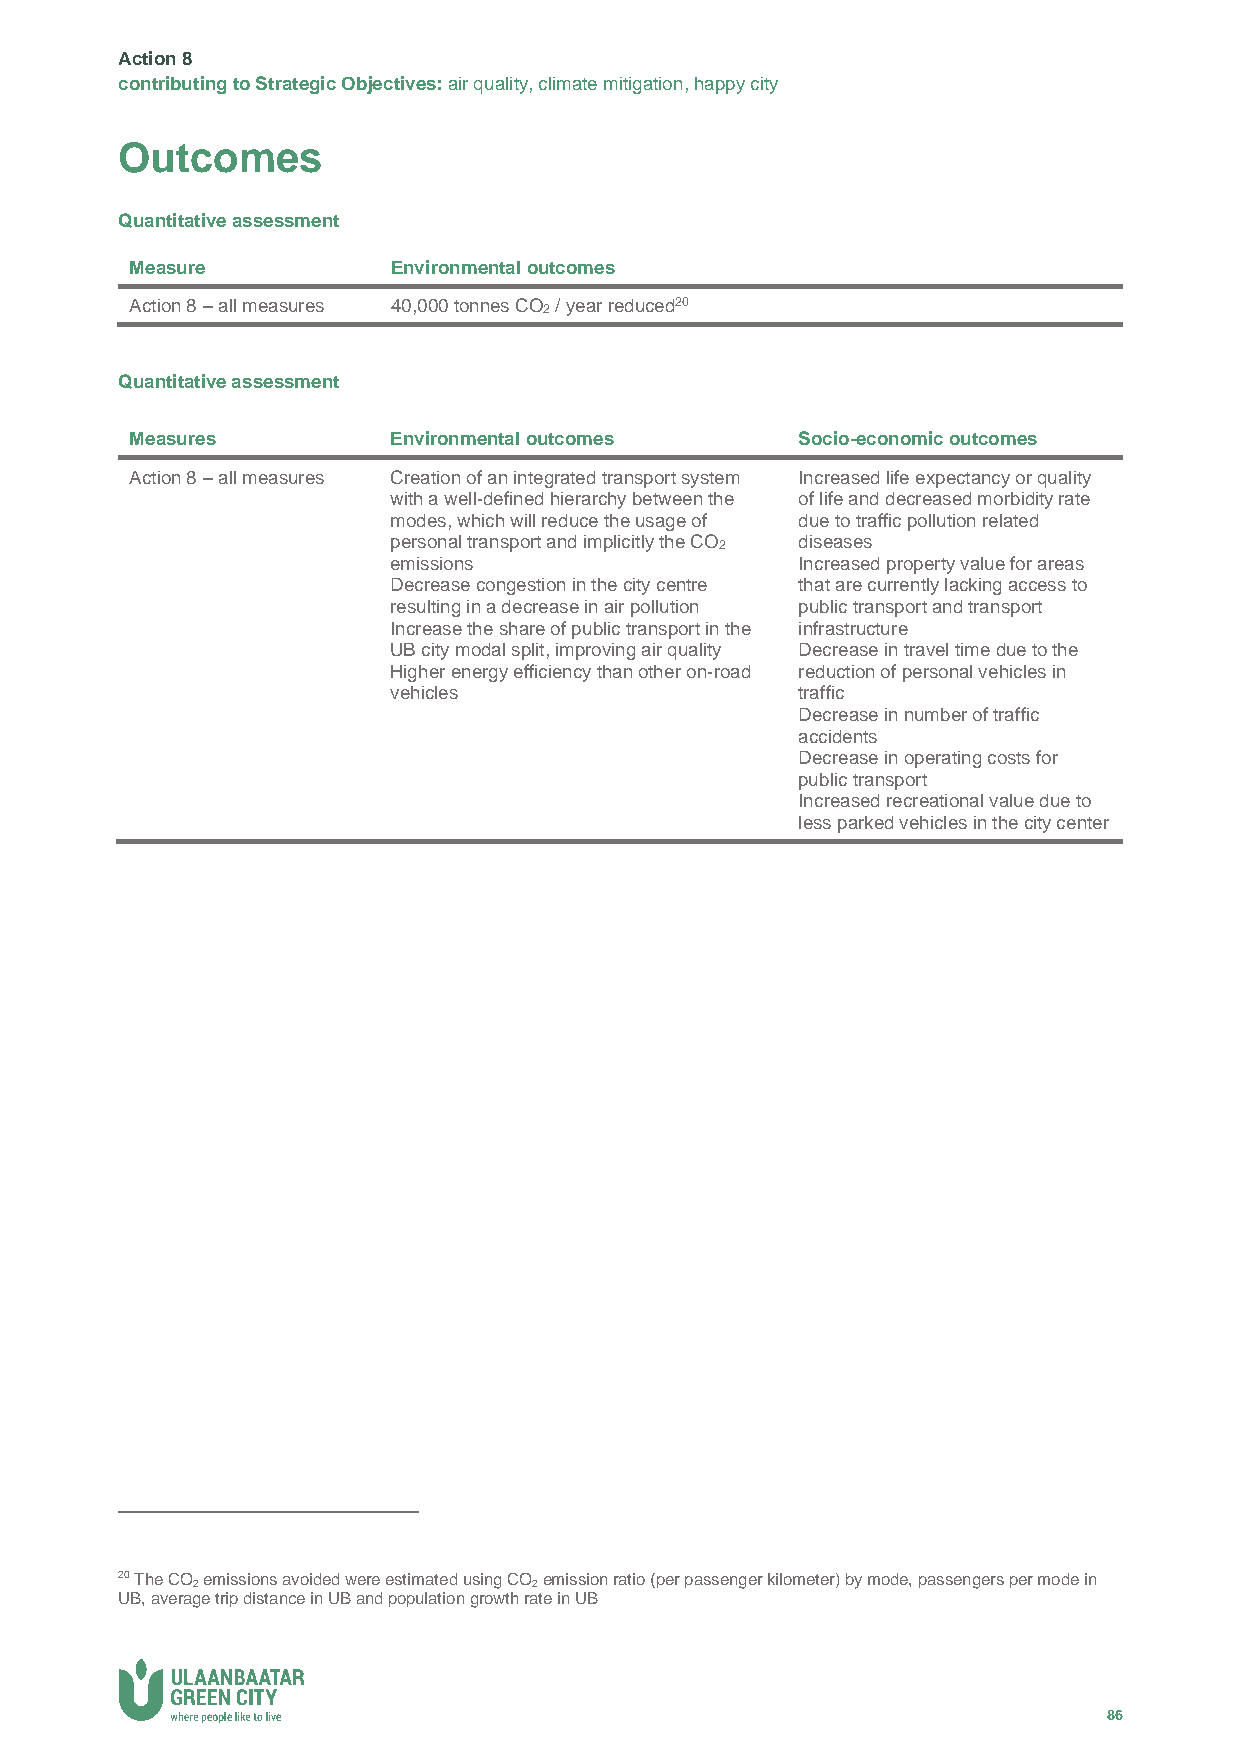
Action 8
 contributing to Strategic Objectives: air quality, climate mitigation, happy city
 Outcomes
 Quantitative assessment
 Measure          Environmental outcomes
 Action 8 – all measures 40,000 tonnes CO2 / year reduced20
 Quantitative assessment
 Measures         Environmental outcomes     Socio-economic outcomes
 Action 8 – all measures Creation of an integrated transport system Increased life expectancy or quality
 with a well-defined hierarchy between the of life and decreased morbidity rate
 modes, which will reduce the usage of due to traffic pollution related
 personal transport and implicitly the CO2 diseases
 emissions                  Increased property value for areas
 Decrease congestion in the city centre that are currently lacking access to
 resulting in a decrease in air pollution public transport and transport
 Increase the share of public transport in the infrastructure
 UB city modal split, improving air quality Decrease in travel time due to the
 Higher energy efficiency than other on-road reduction of personal vehicles in
 vehicles                   traffic
 Decrease in number of traffic
 accidents
 Decrease in operating costs for
 public transport
 Increased recreational value due to
 less parked vehicles in the city center
 20 The CO emissions avoided were estimated using CO emission ratio (per passenger kilometer) by mode, passengers per mode in
 2                     2
 UB, average trip distance in UB and population growth rate in UB
 86